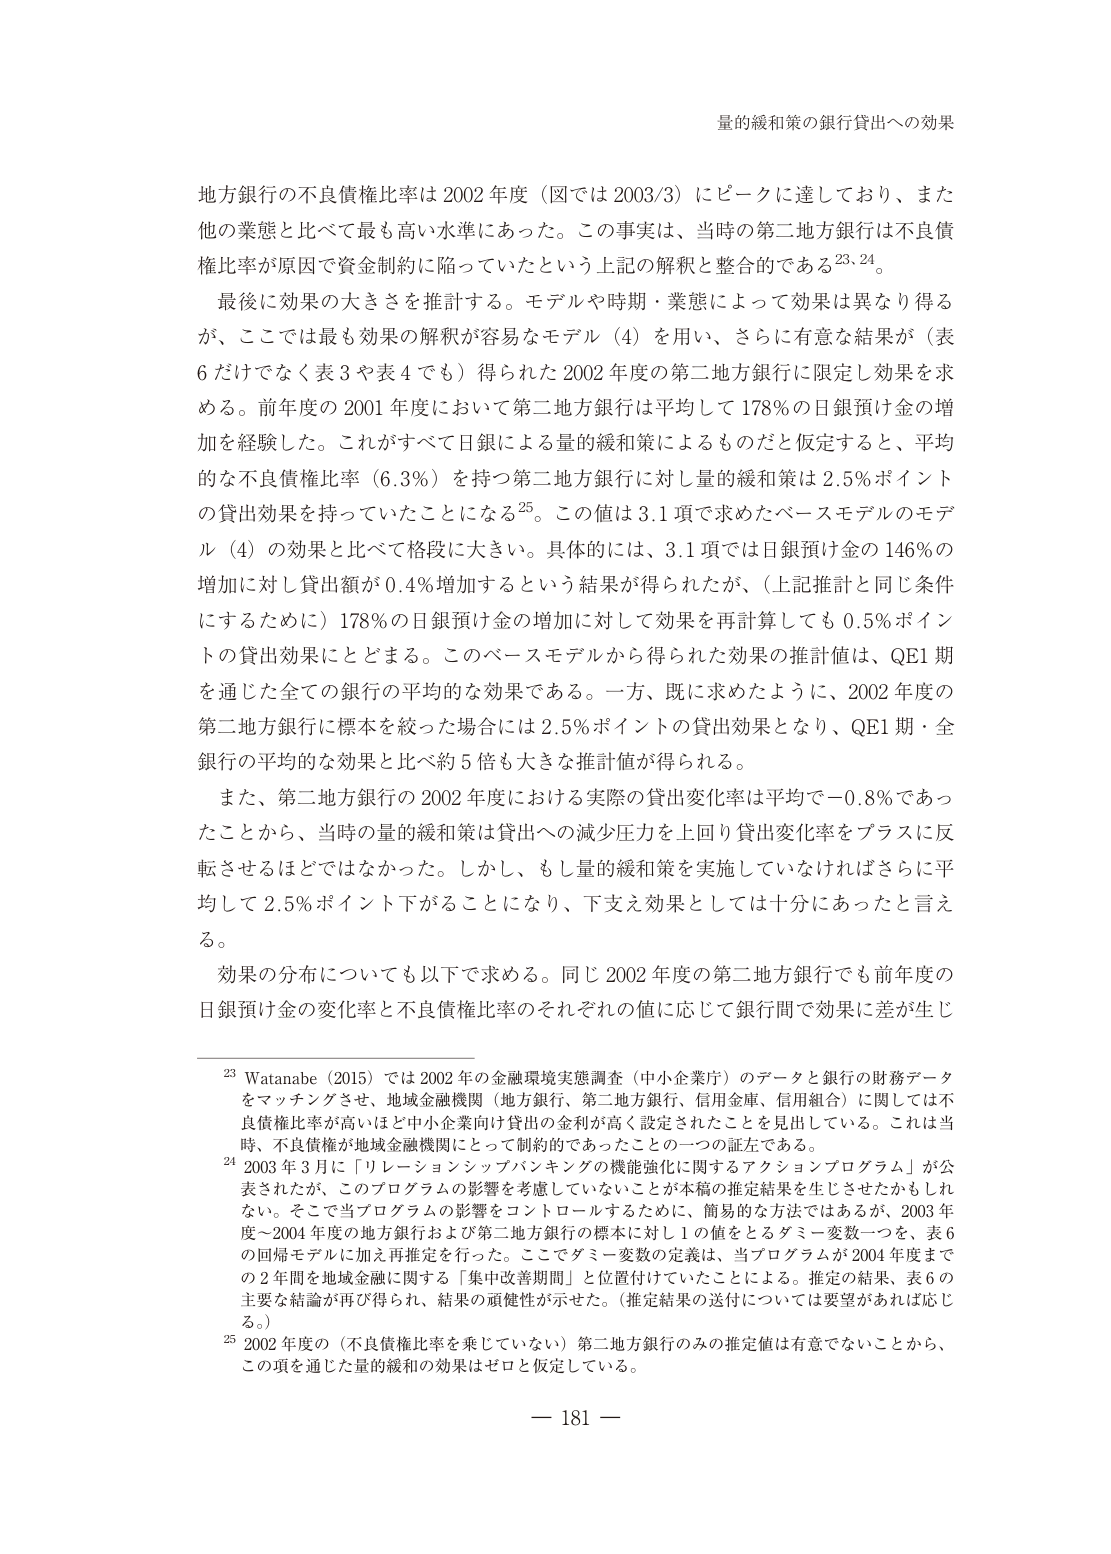
量的緩和策の銀行貸出への効果

地方銀行の不良債権比率は 2002 年度（図では 2003/3）にピークに達しており、また他の業態と比べて最も高い水準にあった。この事実は、当時の第二地方銀行は不良債権比率が原因で資金制約に陥っていたという上記の解釈と整合的である23,24。

最後に効果の大きさを推計する。モデルや時期・業態によって効果は異なり得るが、ここでは最も効果の解釈が容易なモデル（4）を用い、さらに有意な結果が（表6だけでなく表3や表4でも）得られた2002年度の第二地方銀行に限定し効果を求める。前年度の2001年度において第二地方銀行は平均して178％の日銀預け金の増加を経験した。これがすべて日銀による量的緩和策によるものだと仮定すると、平均的な不良債権比率（6.3％）を持つ第二地方銀行に対し量的緩和策は2.5％ポイントの貸出効果を持っていたことになる25。この値は3.1項で求めたベースモデルのモデル（4）の効果と比べて格段に大きい。具体的には、3.1項では日銀預け金の146％の増加に対し貸出額が0.4％増加するという結果が得られたが、（上記推計と同じ条件にするために）178％の日銀預け金の増加に対して効果を再計算しても0.5％ポイントの貸出効果にとどまる。このベースモデルから得られた効果の推計値は、QE1期を通じた全ての銀行の平均的な効果である。一方、既に求めたように、2002年度の第二地方銀行に標本を絞った場合には2.5％ポイントの貸出効果となり、QE1期・全銀行の平均的な効果と比べ約5倍も大きな推計値が得られる。

また、第二地方銀行の2002年度における実際の貸出変化率は平均で－0.8％であったことから、当時の量的緩和策は貸出への減少圧力を上回り貸出変化率をプラスに反転させるほどではなかった。しかし、もし量的緩和策を実施していなければさらに平均して2.5％ポイント下がることになり、下支え効果としては十分にあったと言える。

効果の分布についても以下で求める。同じ2002年度の第二地方銀行でも前年度の日銀預け金の変化率と不良債権比率のそれぞれの値に応じて銀行間で効果に差が生じ

23 Watanabe（2015）では2002年の金融環境実態調査（中小企業庁）のデータと銀行の財務データをマッチングさせ、地域金融機関（地方銀行、第二地方銀行、信用金庫、信用組合）に関しては不良債権比率が高いほど中小企業向け貸出の金利が高く設定されたことを見出している。これは当時、不良債権が地域金融機関にとって制約的であったことの一つの証左である。

24 2003年3月に「リレーションシップバンキングの機能強化に関するアクションプログラム」が公表されたが、このプログラムの影響を考慮していないことが本稿の推定結果を生じさせたかもしれないと。そこで当プログラムの影響をコントロールするために、簡易的な方法ではあるが、2003年度～2004年度の地方銀行および第二地方銀行の標本に対し1の値をとるダミー変数一つを、表6の回帰モデルに加え再推定を行った。ここでダミー変数の定義は、当プログラムが2004年度までの2年間を地域金融に関する「集中改善期間」と位置付けていたことによる。推定の結果、表6の主要な結論が再び得られ、結果の頑健性が示せた。（推定結果の送付については要望があれば応じる。）

25 2002年度の（不良債権比率を乗じていない）第二地方銀行のみの推定値は有意でないことから、この項を通じた量的緩和の効果はゼロと仮定している。

— 181 —